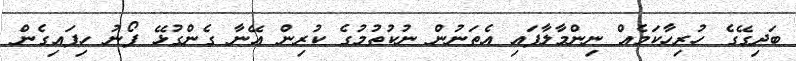
ބަދިގޭގެ ހުރިހާކަމެއް ނިންމާލާފައި އެތަނުން ނުކުތުމުގެ ކުރިން އޭނާ ގެންގުޅޭ ފޯނު ހިފައިގެން